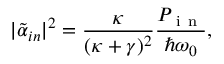
| \tilde { \alpha } _ { i n } | ^ { 2 } = \frac { \kappa } { ( \kappa + \gamma ) ^ { 2 } } \frac { P _ { \mathrm { ~ i ~ n ~ } } } { \hbar \omega _ { 0 } } ,